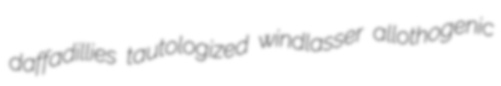
daffadillies tautologized windlasser allothogenic